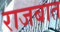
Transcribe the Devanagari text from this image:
राजबात